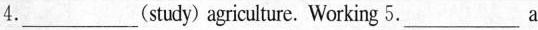
4.___(study) agriculture. Working 5.___a